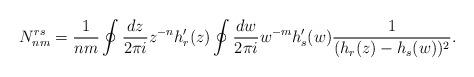
LaTeX: \begin{align*}N_{nm}^{rs}=\frac{1}{nm}\oint\frac{dz}{2\pi i}z^{-n}h_r^{\prime}(z)\oint\frac{dw}{2\pi i}w^{-m}h_s^{\prime}(w)\frac{1}{(h_r(z)-h_s(w))^2}.\end{align*}